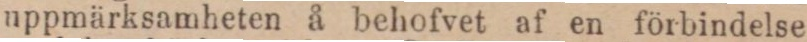
uppmärksamheten å behofvet af en förbindelse